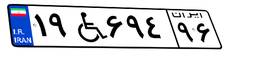
۷۹W۰۳۸۸۳